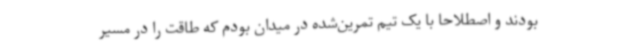
بودند و اصطلاحا با یک تیم تمرین‌شده در میدان بودم که طاقت را در مسیر